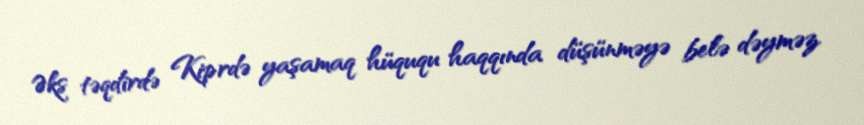
Əks təqdirdə Kiprdə yaşamaq hüququ haqqında düşünməyə belə dəyməz.